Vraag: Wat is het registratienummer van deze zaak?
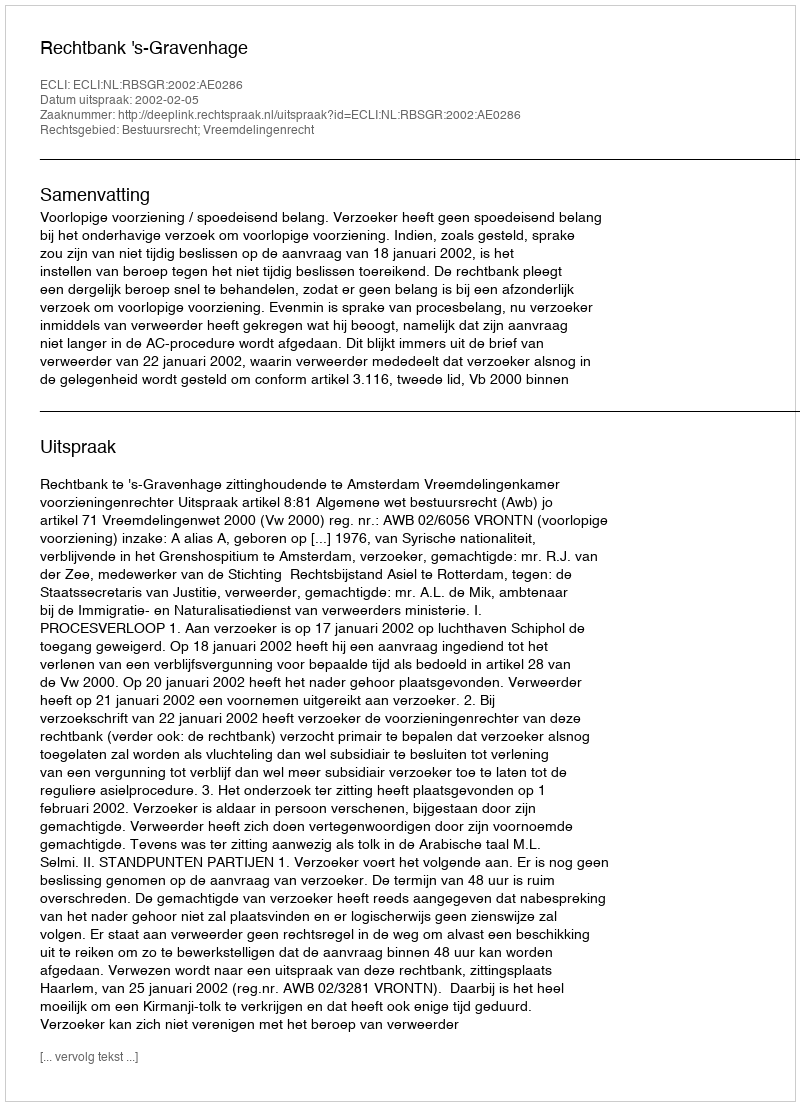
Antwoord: http://deeplink.rechtspraak.nl/uitspraak?id=ECLI:NL:RBSGR:2002:AE0286